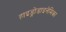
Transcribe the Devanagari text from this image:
हाइड्रोडाइनेमिका